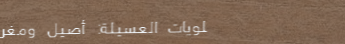
حلويات العسيلة: أصيل ومغر